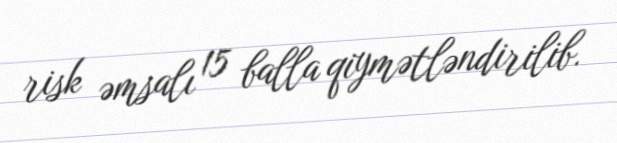
risk əmsalı 15 balla qiymətləndirilib.